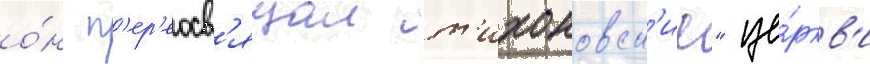
о́н п'ер'еосв'ящал "т'ихоновск'ие" це́ркв'и